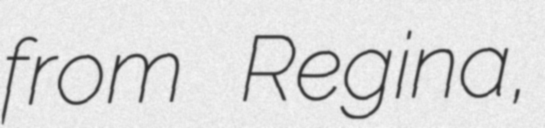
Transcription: from Regina,